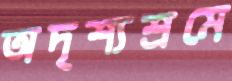
অদৃশ্যশ্রমে